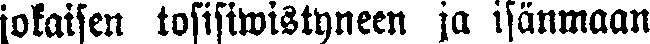
jokaisen tosisiwistyneen ja isänmaan